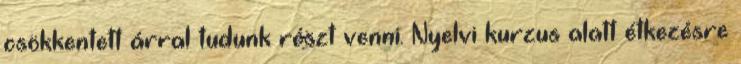
csökkentett árral tudunk részt venni. Nyelvi kurzus alatt étkezésre